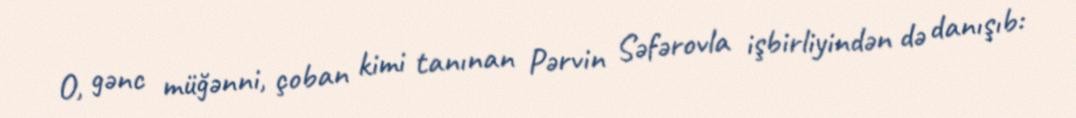
O, gənc müğənni, çoban kimi tanınan Pərvin Səfərovla işbirliyindən də danışıb: